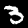
Label: 3